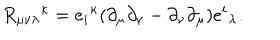
LaTeX: { R _ { \mu \nu \lambda } } ^ { \kappa } = { e _ { i } } ^ { \kappa } ( \partial _ { \mu } \partial _ { \nu } - \partial _ { \nu } \partial _ { \mu } ) { e ^ { i } } _ { \lambda } .